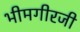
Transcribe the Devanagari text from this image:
भीमगीरजी